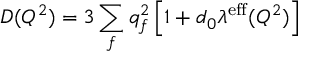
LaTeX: D ( Q ^ { 2 } ) = 3 \sum _ { f } q _ { f } ^ { 2 } \left[ 1 + d _ { 0 } \lambda ^ { \mathrm { e f f } } ( Q ^ { 2 } ) \right]